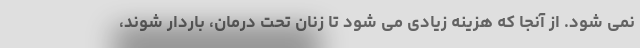
نمی شود. از آنجا که هزینه زیادی می شود تا زنان تحت درمان، باردار شوند،